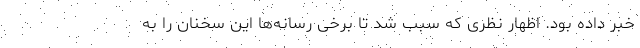
خبر داده بود. اظهار نظری که سبب شد تا برخی رسانه‌ها این سخنان را به